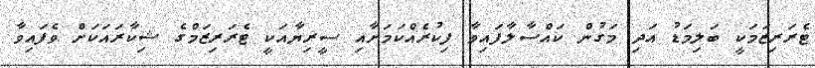
ޓެރަރިޒަމަކީ ބަލިމަޑު އަދި މަގުން ކައްސާލާފައިވާ ފިކުރެއްކަމަށާއި ސީރިޔާއަކީ ޓެރަރިޒަމްގެ ޝިކާރައަކަށް ވެފައިވާ